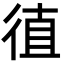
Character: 徝